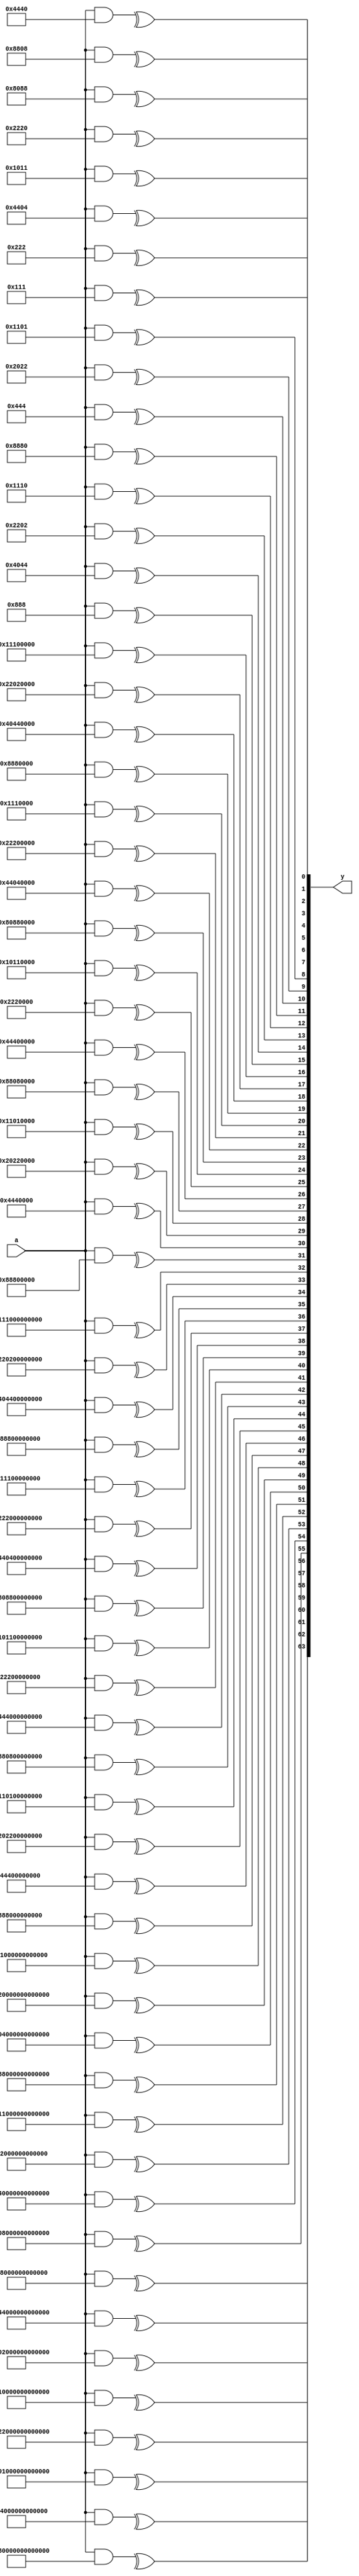
//////////////////////////////////////////////////
// mixt module
//
module  mixt  ( a , y ) ;


input    [0:63]  a  ;

output   [0:63]  y  ;

wire     [0:63]  coef1  [0:63] ;

// Matrix definitions
//
assign  coef1[00] = 64'b0000100010001000000000000000000000000000000000000000000000000000 ;
assign  coef1[01] = 64'b0100000001000100000000000000000000000000000000000000000000000000 ;
assign  coef1[02] = 64'b0010001000000010000000000000000000000000000000000000000000000000 ;
assign  coef1[03] = 64'b0001000100010000000000000000000000000000000000000000000000000000 ;
assign  coef1[04] = 64'b1000100010000000000000000000000000000000000000000000000000000000 ;
assign  coef1[05] = 64'b0000010001000100000000000000000000000000000000000000000000000000 ;
assign  coef1[06] = 64'b0010000000100010000000000000000000000000000000000000000000000000 ;
assign  coef1[07] = 64'b0001000100000001000000000000000000000000000000000000000000000000 ;
assign  coef1[08] = 64'b1000100000001000000000000000000000000000000000000000000000000000 ;
assign  coef1[09] = 64'b0100010001000000000000000000000000000000000000000000000000000000 ;
assign  coef1[10] = 64'b0000001000100010000000000000000000000000000000000000000000000000 ;
assign  coef1[11] = 64'b0001000000010001000000000000000000000000000000000000000000000000 ;
assign  coef1[12] = 64'b1000000010001000000000000000000000000000000000000000000000000000 ;
assign  coef1[13] = 64'b0100010000000100000000000000000000000000000000000000000000000000 ;
assign  coef1[14] = 64'b0010001000100000000000000000000000000000000000000000000000000000 ;
assign  coef1[15] = 64'b0000000100010001000000000000000000000000000000000000000000000000 ;
assign  coef1[16] = 64'b0000000000000000100010001000000000000000000000000000000000000000 ;
assign  coef1[17] = 64'b0000000000000000000001000100010000000000000000000000000000000000 ;
assign  coef1[18] = 64'b0000000000000000001000000010001000000000000000000000000000000000 ;
assign  coef1[19] = 64'b0000000000000000000100010000000100000000000000000000000000000000 ;
assign  coef1[20] = 64'b0000000000000000100010000000100000000000000000000000000000000000 ;
assign  coef1[21] = 64'b0000000000000000010001000100000000000000000000000000000000000000 ;
assign  coef1[22] = 64'b0000000000000000000000100010001000000000000000000000000000000000 ;
assign  coef1[23] = 64'b0000000000000000000100000001000100000000000000000000000000000000 ;
assign  coef1[24] = 64'b0000000000000000100000001000100000000000000000000000000000000000 ;
assign  coef1[25] = 64'b0000000000000000010001000000010000000000000000000000000000000000 ;
assign  coef1[26] = 64'b0000000000000000001000100010000000000000000000000000000000000000 ;
assign  coef1[27] = 64'b0000000000000000000000010001000100000000000000000000000000000000 ;
assign  coef1[28] = 64'b0000000000000000000010001000100000000000000000000000000000000000 ;
assign  coef1[29] = 64'b0000000000000000010000000100010000000000000000000000000000000000 ;
assign  coef1[30] = 64'b0000000000000000001000100000001000000000000000000000000000000000 ;
assign  coef1[31] = 64'b0000000000000000000100010001000000000000000000000000000000000000 ;
assign  coef1[32] = 64'b0000000000000000000000000000000010001000100000000000000000000000 ;
assign  coef1[33] = 64'b0000000000000000000000000000000000000100010001000000000000000000 ;
assign  coef1[34] = 64'b0000000000000000000000000000000000100000001000100000000000000000 ;
assign  coef1[35] = 64'b0000000000000000000000000000000000010001000000010000000000000000 ;
assign  coef1[36] = 64'b0000000000000000000000000000000010001000000010000000000000000000 ;
assign  coef1[37] = 64'b0000000000000000000000000000000001000100010000000000000000000000 ;
assign  coef1[38] = 64'b0000000000000000000000000000000000000010001000100000000000000000 ;
assign  coef1[39] = 64'b0000000000000000000000000000000000010000000100010000000000000000 ;
assign  coef1[40] = 64'b0000000000000000000000000000000010000000100010000000000000000000 ;
assign  coef1[41] = 64'b0000000000000000000000000000000001000100000001000000000000000000 ;
assign  coef1[42] = 64'b0000000000000000000000000000000000100010001000000000000000000000 ;
assign  coef1[43] = 64'b0000000000000000000000000000000000000001000100010000000000000000 ;
assign  coef1[44] = 64'b0000000000000000000000000000000000001000100010000000000000000000 ;
assign  coef1[45] = 64'b0000000000000000000000000000000001000000010001000000000000000000 ;
assign  coef1[46] = 64'b0000000000000000000000000000000000100010000000100000000000000000 ;
assign  coef1[47] = 64'b0000000000000000000000000000000000010001000100000000000000000000 ;
assign  coef1[48] = 64'b0000000000000000000000000000000000000000000000000000100010001000 ;
assign  coef1[49] = 64'b0000000000000000000000000000000000000000000000000100000001000100 ;
assign  coef1[50] = 64'b0000000000000000000000000000000000000000000000000010001000000010 ;
assign  coef1[51] = 64'b0000000000000000000000000000000000000000000000000001000100010000 ;
assign  coef1[52] = 64'b0000000000000000000000000000000000000000000000001000100010000000 ;
assign  coef1[53] = 64'b0000000000000000000000000000000000000000000000000000010001000100 ;
assign  coef1[54] = 64'b0000000000000000000000000000000000000000000000000010000000100010 ;
assign  coef1[55] = 64'b0000000000000000000000000000000000000000000000000001000100000001 ;
assign  coef1[56] = 64'b0000000000000000000000000000000000000000000000001000100000001000 ;
assign  coef1[57] = 64'b0000000000000000000000000000000000000000000000000100010001000000 ;
assign  coef1[58] = 64'b0000000000000000000000000000000000000000000000000000001000100010 ;
assign  coef1[59] = 64'b0000000000000000000000000000000000000000000000000001000000010001 ;
assign  coef1[60] = 64'b0000000000000000000000000000000000000000000000001000000010001000 ;
assign  coef1[61] = 64'b0000000000000000000000000000000000000000000000000100010000000100 ;
assign  coef1[62] = 64'b0000000000000000000000000000000000000000000000000010001000100000 ;
assign  coef1[63] = 64'b0000000000000000000000000000000000000000000000000000000100010001 ;

// Multiply
//
genvar  i ;
generate
  for  ( i  =  0 ;  i  <  64 ;  i  =  i + 1 )
    begin  :  mixt
       assign  y[i] = ^ ( a & coef1[i] ) ;      
    end
endgenerate


endmodule